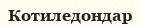
Котиледондар